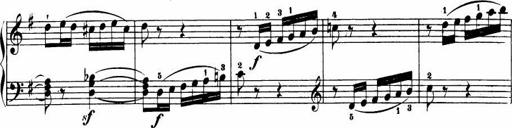
Title: Le bouquetier
Composer: Anton Diabelli
Key: G major
 C major
 F major
 C major